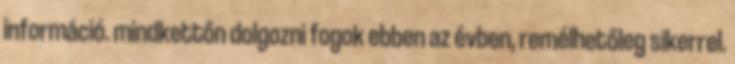
információ. mindkettőn dolgozni fogok ebben az évben, remélhetőleg sikerrel.